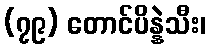
(၇၉) တောင်ပိန္နဲသီး၊